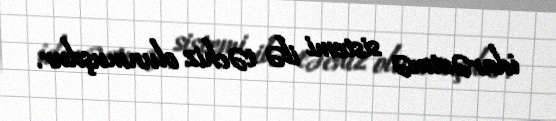
idarəetmə sistemi ilə təchiz olunmuşdur.